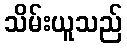
သိမ်းယူသည်